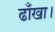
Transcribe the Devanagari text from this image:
ढाँखा।